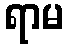
ရာမ